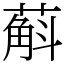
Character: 蔛